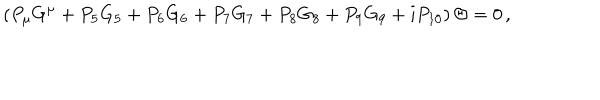
\left( P _ { \mu } G ^ { \mu } + P _ { 5 } G _ { 5 } + P _ { 6 } G _ { 6 } + P _ { 7 } G _ { 7 } + P _ { 8 } G _ { 8 } + P _ { 9 } G _ { 9 } + i P _ { 1 0 } \right) \Theta = 0 \, ,